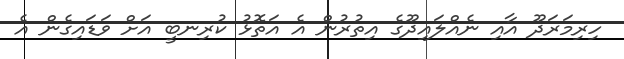
ހިރިމަރަދޫ އާއި ނެއްލައިދޫގެ އިތުރުން އެ އަތޮޅު ކުރިނބީ އަށް ވަޑައިގެން އެ